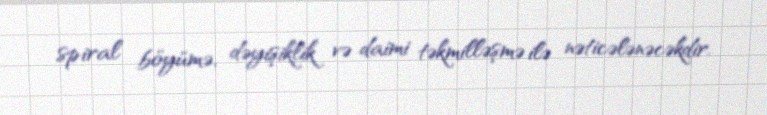
spiral böyümə, dəyişiklik və daimi təkmilləşmə ilə nəticələnəcəkdir.